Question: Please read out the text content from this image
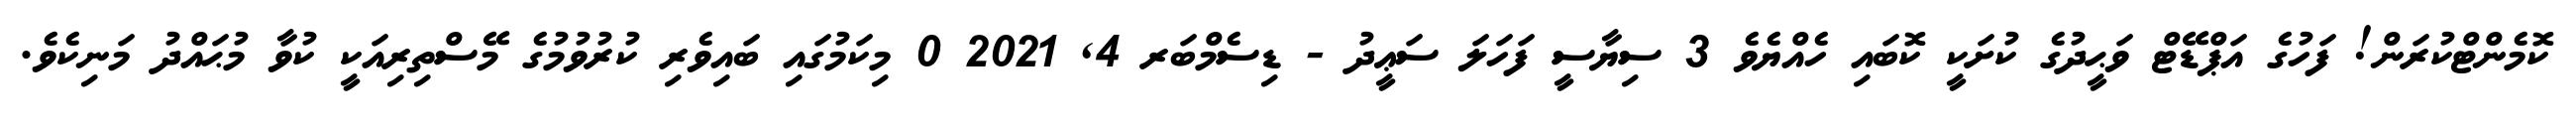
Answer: ކޮމެންޓްކުރަން! ފަހުގެ އަޕްޑޭޓް ވަޙީދުގެ ކުށަކީ ކޮބައި ހެއްޔެވެ 3 ސިޔާސީ ފަހަލަ ސަޢީދު - ޑިސެމްބަރ 4, 2021 0 މިކަމުގައި ބައިވެރި ކުރުވުމުގެ މޭސްތިރިއަކީ ކުވާ މުޙައްދު މަނިކެވެ.